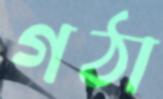
গঠা